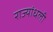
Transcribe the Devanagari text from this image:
राज्यांधली